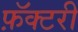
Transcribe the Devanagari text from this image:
फ़ॅक्टरी